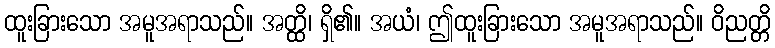
ထူးခြားသော အမူအရာသည်။ အတ္ထိ၊ ရှိ၏။ အယံ၊ ဤထူးခြားသော အမူအရာသည်။ ဝိညတ္တိ